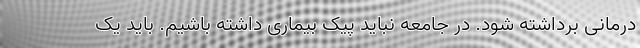
درمانی برداشته شود. در جامعه نباید پیک بیماری داشته باشیم. باید یک